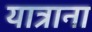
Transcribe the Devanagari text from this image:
यात्राना